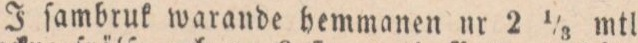
J ſambruk warande hemmanen nr 2 1/3 mtl